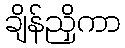
ချိန်ညှိကာ